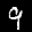
Label: 9